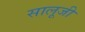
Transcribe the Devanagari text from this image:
सालूजी